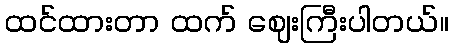
ထင်ထားတာ ထက် ဈေးကြီးပါတယ်။